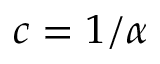
c = 1 / \alpha